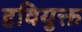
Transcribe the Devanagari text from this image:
हवियुक्त